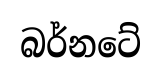
බර්නටේ